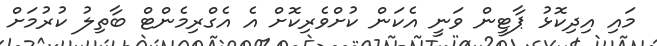
މައި އިދިކޮޅު ޕާޓީން ވަނީ އެކަން ކުށްވެރިކޮށް އެ އެގްރިމެންޓް ބާތިލު ކުރުމަށް